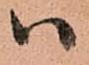
ハ